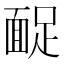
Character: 𩈤